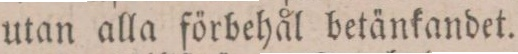
utan alla förbehål betänkandet.